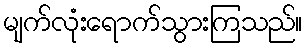
မျက်လုံးရောက်သွားကြသည်။